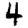
Digit: 4